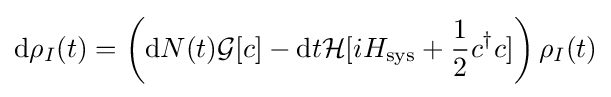
\mathrm {d} \rho _{I}(t)=\left(\mathrm {d} N(t){\mathcal {G}}[c]-\mathrm {d} t{\mathcal {H}}[iH_{\mathrm {sys} }+{\frac {1}{2}}c^{\dagger }c]\right)\rho _{I}(t)